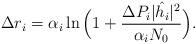
LaTeX: \begin{align*}\Delta r_i=\alpha_i\ln\Big(1+\frac{\Delta P_i|\hat{h_i}|^2}{\alpha_iN_0}\Big).\end{align*}